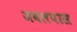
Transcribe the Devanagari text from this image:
जवलपास